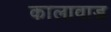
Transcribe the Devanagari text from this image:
कालावाड